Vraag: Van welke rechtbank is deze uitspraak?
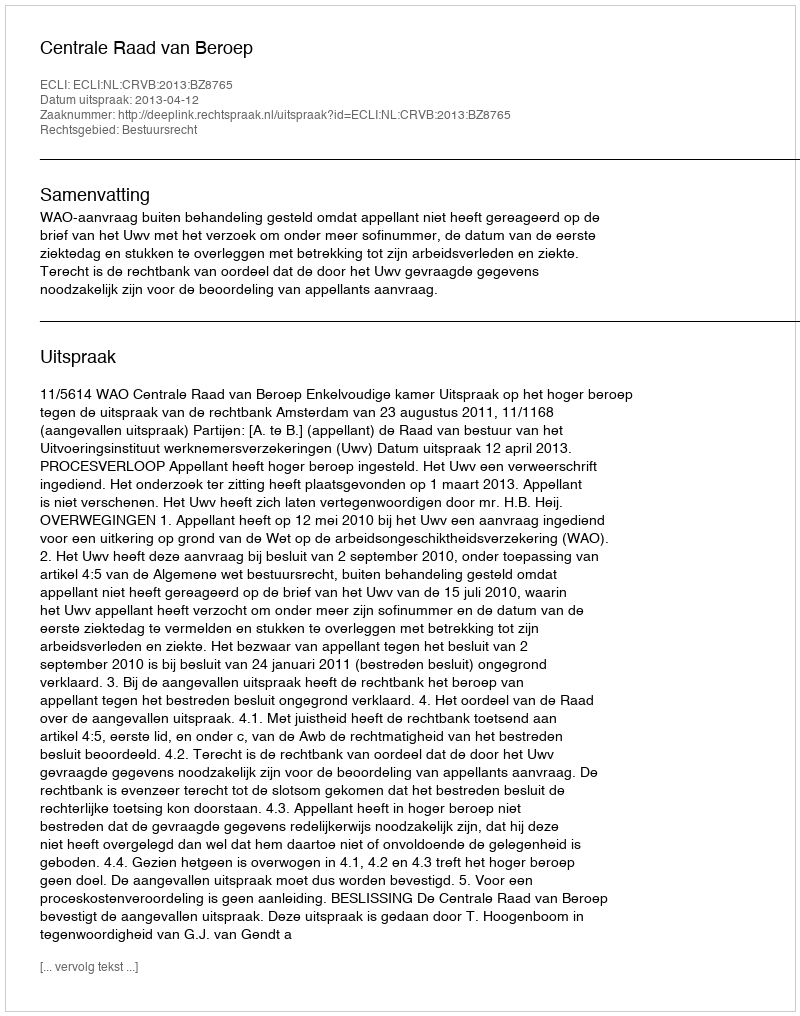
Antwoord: Centrale Raad van Beroep